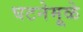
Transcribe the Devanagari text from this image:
घटनेमूळे